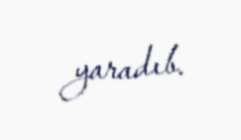
yaradıb.